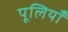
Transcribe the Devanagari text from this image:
पूलियाँ